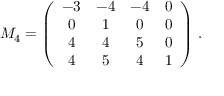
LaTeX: M _ { 4 } = \left( \begin{array} { c c c c } { { - 3 } } & { { - 4 } } & { { - 4 } } & { { 0 } } \\ { { 0 } } & { { 1 } } & { { 0 } } & { { 0 } } \\ { { 4 } } & { { 4 } } & { { 5 } } & { { 0 } } \\ { { 4 } } & { { 5 } } & { { 4 } } & { { 1 } } \end{array} \right) \, .